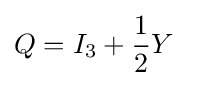
Q=I_{3}+{\frac {1}{2}}Y\